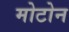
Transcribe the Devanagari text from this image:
मोटोन